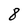
Character: 8